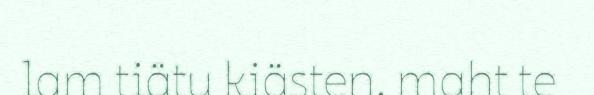
lam tiätu kiästen, maht te